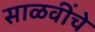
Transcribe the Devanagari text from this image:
साळवींचे